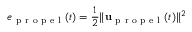
e _ { \mathrm { ~ p ~ r ~ o ~ p ~ e ~ l ~ } } ( t ) = \frac { 1 } { 2 } \| \mathbf { u } _ { \mathrm { ~ p ~ r ~ o ~ p ~ e ~ l ~ } } ( t ) \| ^ { 2 }